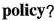
policy?